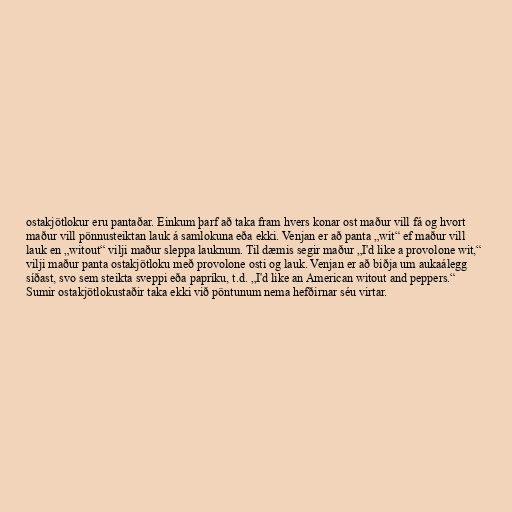
ostakjötlokur eru pantaðar. Einkum þarf að taka fram hvers konar ost maður vill fá og hvort
maður vill pönnusteiktan lauk á samlokuna eða ekki. Venjan er að panta „wit“ ef maður vill
lauk en „witout“ vilji maður sleppa lauknum. Til dæmis segir maður „I'd like a provolone wit,“
vilji maður panta ostakjötloku með provolone osti og lauk. Venjan er að biðja um aukaálegg
síðast, svo sem steikta sveppi eða papríku, t.d. „I'd like an American witout and peppers.“
Sumir ostakjötlokustaðir taka ekki við pöntunum nema hefðirnar séu virtar.